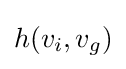
h(v_{i},v_{g})